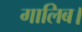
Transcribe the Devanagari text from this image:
गालिब।